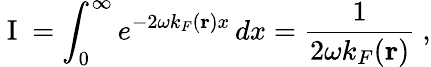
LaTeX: \mathrm{~I~}=\int_{0}^{\infty}e^{-2\omega k_{F}(\mathbf{r})x}\, dx=\frac{1}{2\omega k_{F}(\mathbf{r})}\ ,